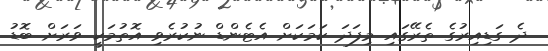
ދެ ގަޑިއިރުގެ ތެރޭގައި މިފަދަ ކަމަކަށް އެޓެންޑް ނުކުރެވި އޮތުމަކީ ވަރަށް ބޮޑު